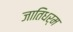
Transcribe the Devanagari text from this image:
जातिधर्म